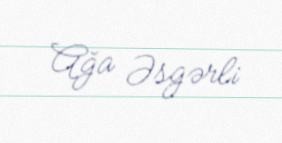
Ağa Əsgərli